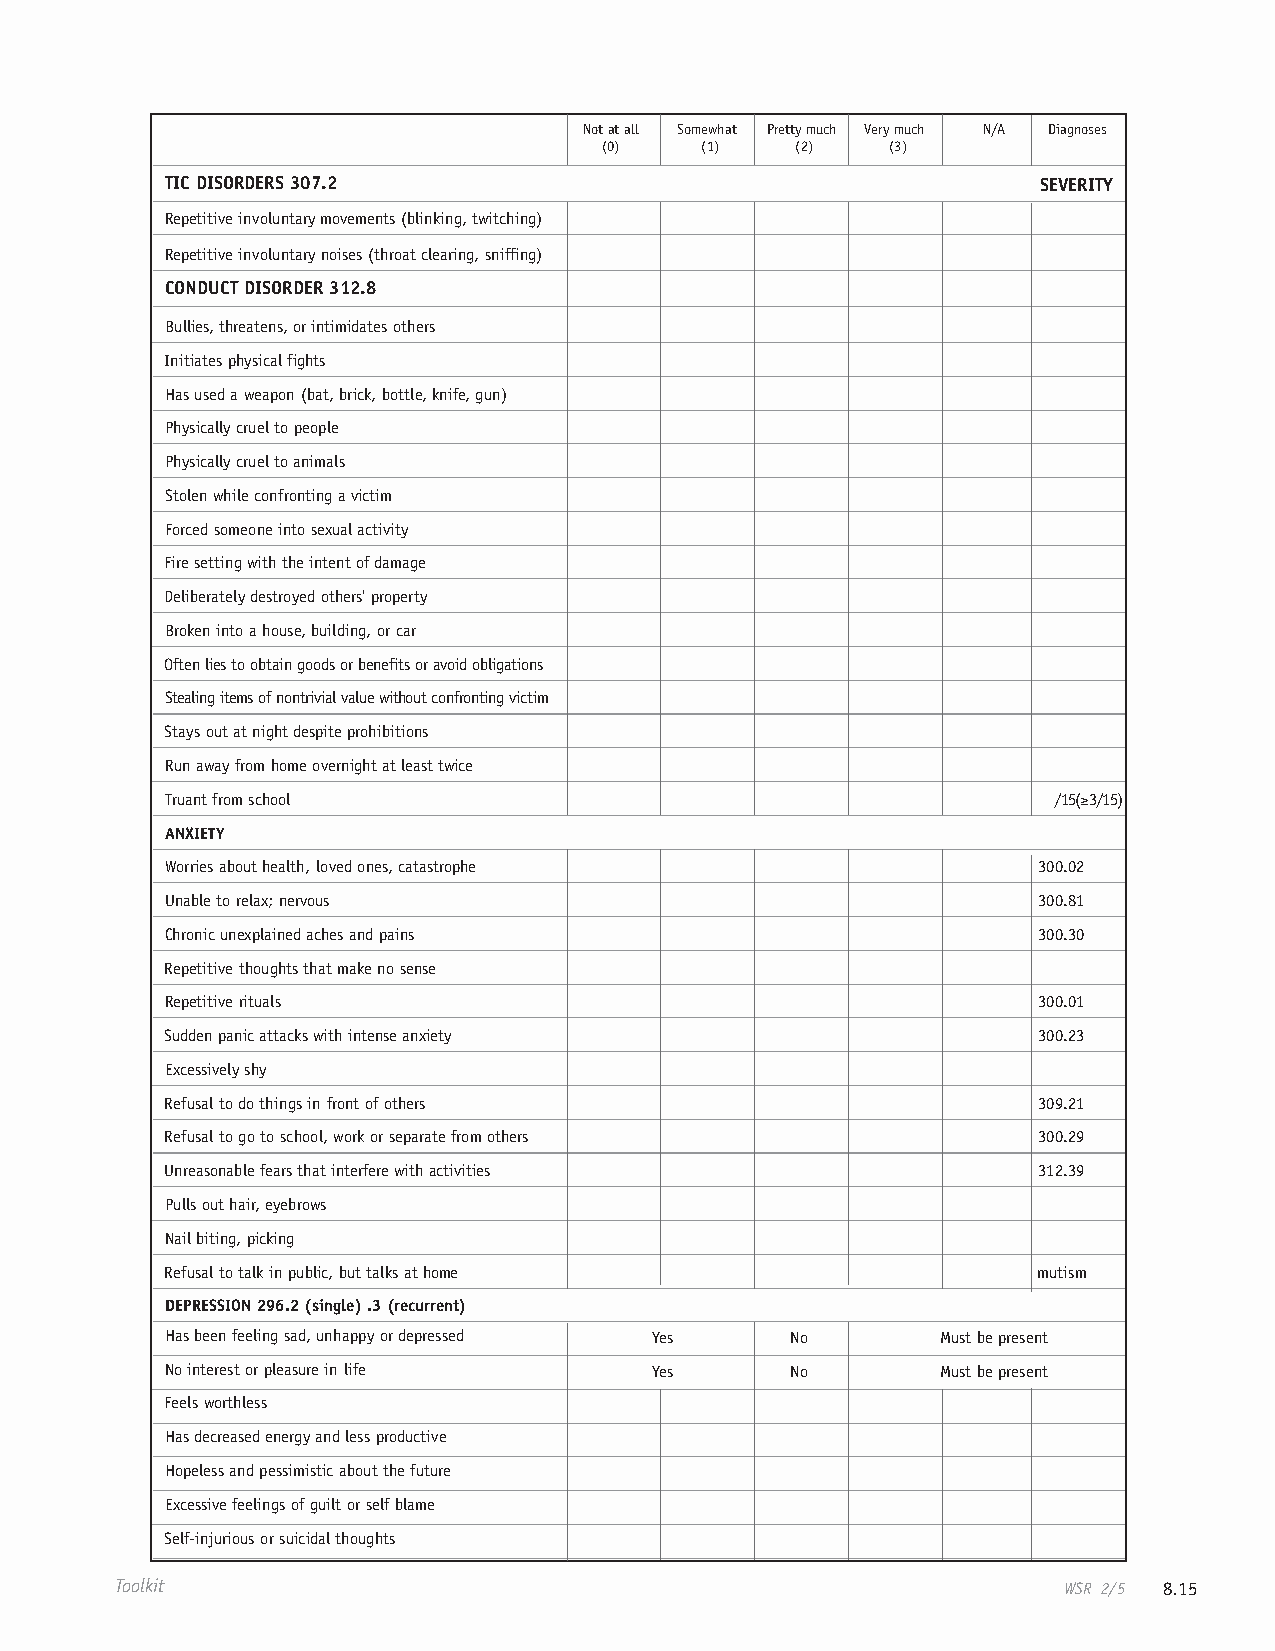
Not at all Somewhat Pretty much Very much N/A Diagnoses
 (0)   (1)    (2)   (3)
 TIC DISORDERS 307.2                                       SEVERITY
 Repetitive involuntary movements (blinking, twitching)
 Repetitive involuntary noises (throat clearing, sniffing)
 CONDUCT DISORDER 312.8
 Bullies, threatens, or intimidates others
 Initiates physical fights
 Has used a weapon (bat, brick, bottle, knife, gun)
 Physically cruel to people
 Physically cruel to animals
 Stolen while confronting a victim
 Forced someone into sexual activity
 Fire setting with the intent of damage
 Deliberately destroyed others' property
 Broken into a house, building, or car
 Often lies to obtain goods or benefits or avoid obligations
 Stealing items of nontrivial value without confronting victim
 Stays out at night despite prohibitions
 Run away from home overnight at least twice
 Truant from school                                         /15(≥3/15)
 ANXIETY
 Worries about health, loved ones, catastrophe             300.02
 Unable to relax; nervous                                  300.81
 Chronic unexplained aches and pains                       300.30
 Repetitive thoughts that make no sense
 Repetitive rituals                                        300.01
 Sudden panic attacks with intense anxiety                 300.23
 Excessively shy
 Refusal to do things in front of others                   309.21
 Refusal to go to school, work or separate from others     300.29
 Unreasonable fears that interfere with activities         312.39
 Pulls out hair, eyebrows
 Nail biting, picking
 Refusal to talk in public, but talks at home              mutism
 DEPRESSION 296.2 (single) .3 (recurrent)
 Has been feeling sad, unhappy or depressed Yes No  Must be present
 No interest or pleasure in life Yes      No        Must be present
 Feels worthless
 Has decreased energy and less productive
 Hopeless and pessimistic about the future
 Excessive feelings of guilt or self blame
 Self-injurious or suicidal thoughts
 Toolkit                                                       WSR 2/5 8.15